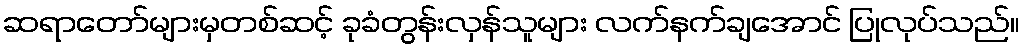
ဆရာတော်များမှတစ်ဆင့် ခုခံတွန်းလှန်သူများ လက်နက်ချအောင် ပြုလုပ်သည်။